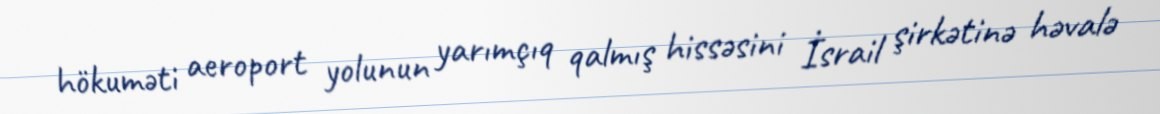
hökuməti aeroport yolunun yarımçıq qalmış hissəsini İsrail şirkətinə həvalə